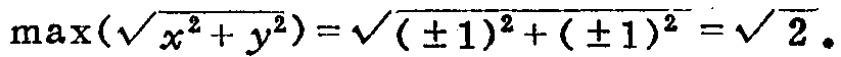
\(\max(\sqrt{x^{2}+y^{2}})=\sqrt{(\pm1)^{2}+(\pm1)^{2}}=\sqrt{2}\)